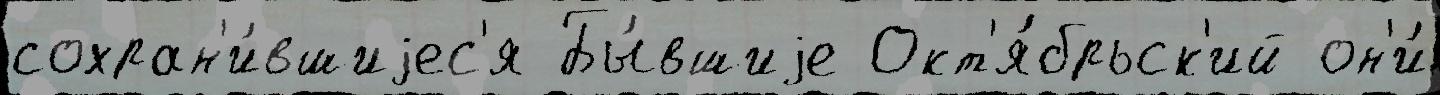
сохран'и́вшиjес'я Бы́вшиjе Окт'я́брьск'ий он'и́